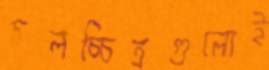
চলচ্চিত্রগুলোই